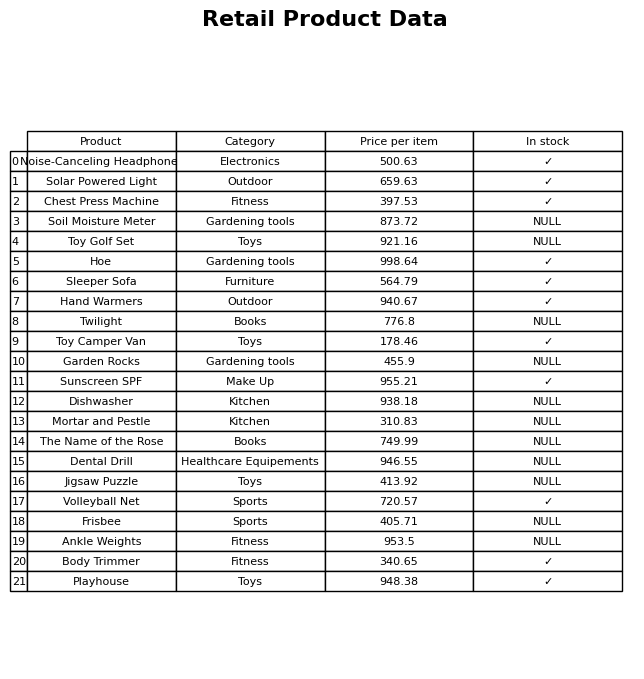
question: What is the stock status of the Twilight?
answer: NULL